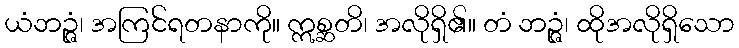
ယံဘဉ္ဇံ၊ အကြင်ရတနာကို။ ဣစ္ဆတိ၊ အလိုရှိ၏။ တံ ဘဉ္ဇံ၊ ထိုအလိုရှိသော